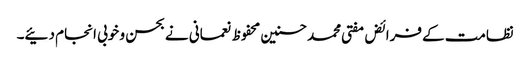
نظامت کے فرائض مفتی محمدحسنین محفوظ نعمانی نے بحسن و خوبی انجام دئیے۔